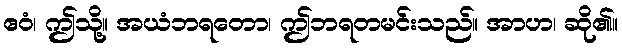
ဧဝံ၊ ဤသို့။ အယံဘရတော၊ ဤဘရတမင်းသည်။ အာဟ၊ ဆို၏။